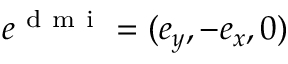
\boldsymbol { e } ^ { \mathrm { ~ d ~ m ~ i ~ } } = ( \boldsymbol { e } _ { y } , - \boldsymbol { e } _ { x } , 0 )